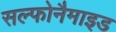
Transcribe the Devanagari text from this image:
सल्फोनैमाइड